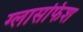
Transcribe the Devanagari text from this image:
ग्लासफिश